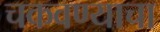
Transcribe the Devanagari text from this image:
चकवण्याचा